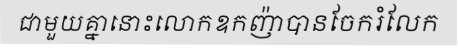
ជាមួយគ្នានោះលោកឧកញ៉ាបានចែករំលែក